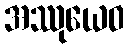
အဿုယေဝ